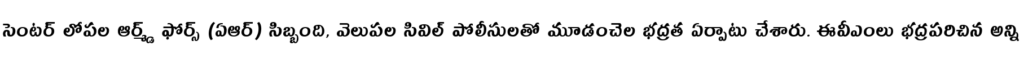
సెంటర్ లోపల ఆర్మ్డ్ ఫోర్స్ (ఏఆర్) సిబ్బంది, వెలుపల సివిల్ పోలీసులతో మూడంచెల భద్రత ఏర్పాటు చేశారు. ఈవీఎంలు భద్రపరిచిన అన్ని